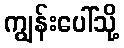
ကျွန်းပေါ်သို့